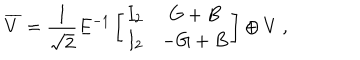
\overline { { { V } } } = { \frac { 1 } { \sqrt { 2 } } } E ^ { - 1 } \left[ \begin{matrix} { { I _ { 2 } } } & { { G + B } } \\ { { I _ { 2 } } } & { { - G + B } } \\ \end{matrix} \right] \oplus V \ ,